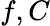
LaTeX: f,C